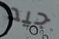
جيد